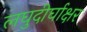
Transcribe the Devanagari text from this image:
लघुदीर्घाक्षर